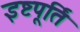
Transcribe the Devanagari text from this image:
इष्टपूर्ति